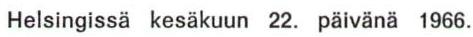
Helsingissä kesäkuun 22. päivänä 1966.